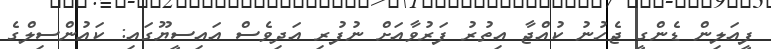
ފީއަލިން ޑެންގީ ޖެހުނު ކުއްޖާ އިތުރު ފަރުވާއަށް ނުފުރި އަދިވެސް އައިސީޔޫގައި: ކައުންސިލްގެ